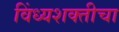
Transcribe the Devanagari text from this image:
विंध्यशक्तीचा